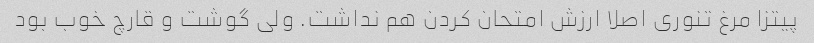
پیتزا مرغ تنوری اصلا ارزش امتحان کردن هم نداشت. ولی گوشت و قارچ خوب بود